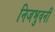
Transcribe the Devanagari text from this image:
निजभुवनीं